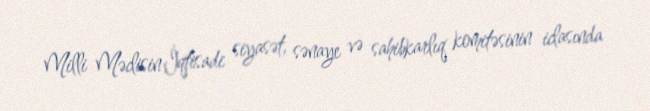
Milli Məclisin İqtisadi siyasət, sənaye və sahibkarlıq komitəsinin iclasında